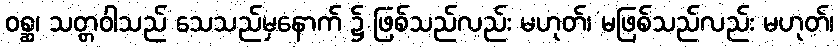
ဝစ္ဆ၊ သတ္တဝါသည် သေသည်မှနောက် ၌ ဖြစ်သည်လည်း မဟုတ်၊ မဖြစ်သည်လည်း မဟုတ်၊